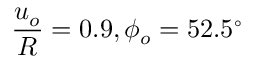
\frac { u _ { o } } { R } = 0 . 9 , \phi _ { o } = 5 2 . 5 ^ { \circ }